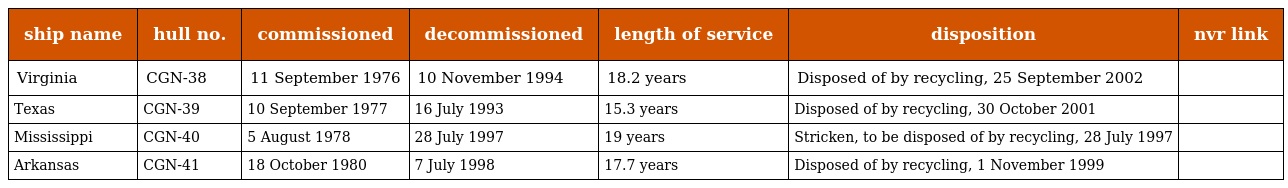
| ship name | hull no. | commissioned | decommissioned | length of service | disposition | nvr link |
 | --- | --- | --- | --- | --- | --- | --- |
 | Virginia | CGN-38 | 11 September 1976 | 10 November 1994 | 18.2 years | Disposed of by recycling, 25 September 2002 |  |
 | Texas | CGN-39 | 10 September 1977 | 16 July 1993 | 15.3 years | Disposed of by recycling, 30 October 2001 |  |
 | Mississippi | CGN-40 | 5 August 1978 | 28 July 1997 | 19 years | Stricken, to be disposed of by recycling, 28 July 1997 |  |
 | Arkansas | CGN-41 | 18 October 1980 | 7 July 1998 | 17.7 years | Disposed of by recycling, 1 November 1999 |  |